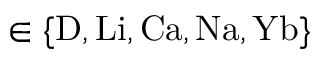
\in \{ \mathrm { D , L i , C a , N a , Y b } \}